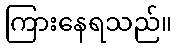
ကြားနေရသည်။